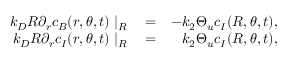
\begin{array} { r l r } { k _ { D } R \partial _ { r } c _ { B } ( r , \theta , t ) \mid _ { R } } & { { } = } & { - k _ { 2 } \Theta _ { u } c _ { I } ( R , \theta , t ) , } \\ { k _ { D } R \partial _ { r } c _ { I } ( r , \theta , t ) \mid _ { R } } & { { } = } & { k _ { 2 } \Theta _ { u } c _ { I } ( R , \theta , t ) , } \end{array}